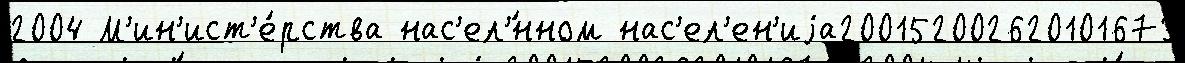
2004 М'ин'ист'е́рства нас'ел'́нном нас'ел'ен'иjа200152002620101673